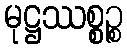
မုဋ္ဌဿစ္စဉ္စ